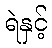
ရဲနှင့်